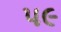
પ૯